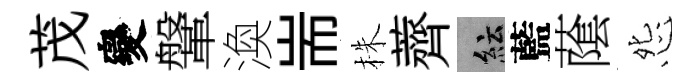
茂變鞶渙耑株薺紜藍䕃怨